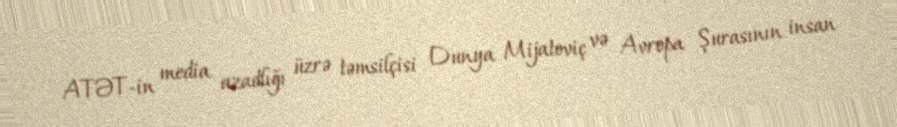
ATƏT-in media azadlığı üzrə təmsilçisi Dunya Mijatoviç və Avropa Şurasının insan